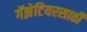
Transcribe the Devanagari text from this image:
गॅझेटियरसाठी